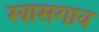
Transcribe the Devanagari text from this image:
खासगाव